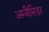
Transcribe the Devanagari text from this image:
अम्बैसिडर